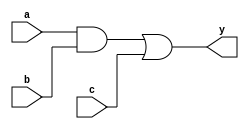
module comb_logic (
    input wire a,          // Input signal a
    input wire b,          // Input signal b
    input wire c,          // Input signal c
    output wire y          // Output signal y
);

// Continuous assignment using the assign statement
assign y = (a & b) | c; // y is true if a AND b are true, OR c is true

endmodule